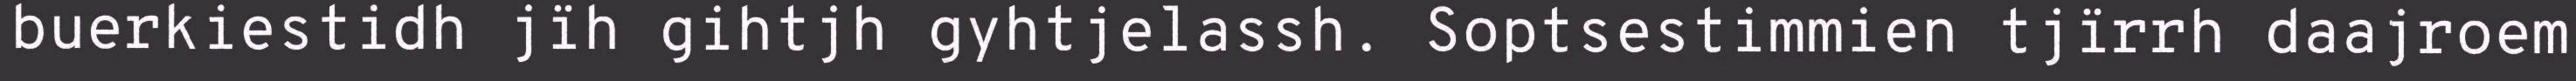
buerkiestidh jïh gihtjh gyhtjelassh. Soptsestimmien tjïrrh daajroem